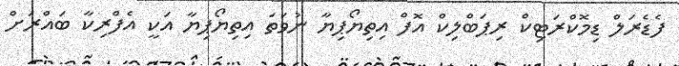
ފެޑެރަލް ޑިމޮކްރަޓިކް ރިޕަބްލިކް އޮފް އިތިޔޯޕިޔާ ނުވަތަ އިތިޔޯޕިޔާ އަކީ އެފްރިކާ ބައްރަށް